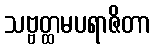
သဗ္ဗတ္ထမပရာဇိတာ